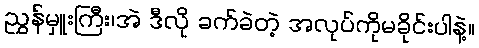
ညွှန်မှူးကြီး၊အဲ ဒီလို ခက်ခဲတဲ့ အလုပ်ကိုမခိုင်းပါနဲ့။